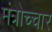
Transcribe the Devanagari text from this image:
मंत्रोच्‍चार